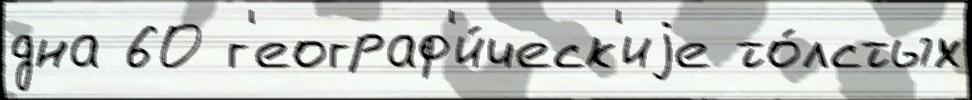
дна 60 г'еограф'и́ческ'иjе то́лстых